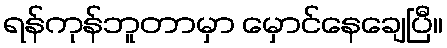
ရန်ကုန်ဘူတာမှာ မှောင်နေချေပြီ။